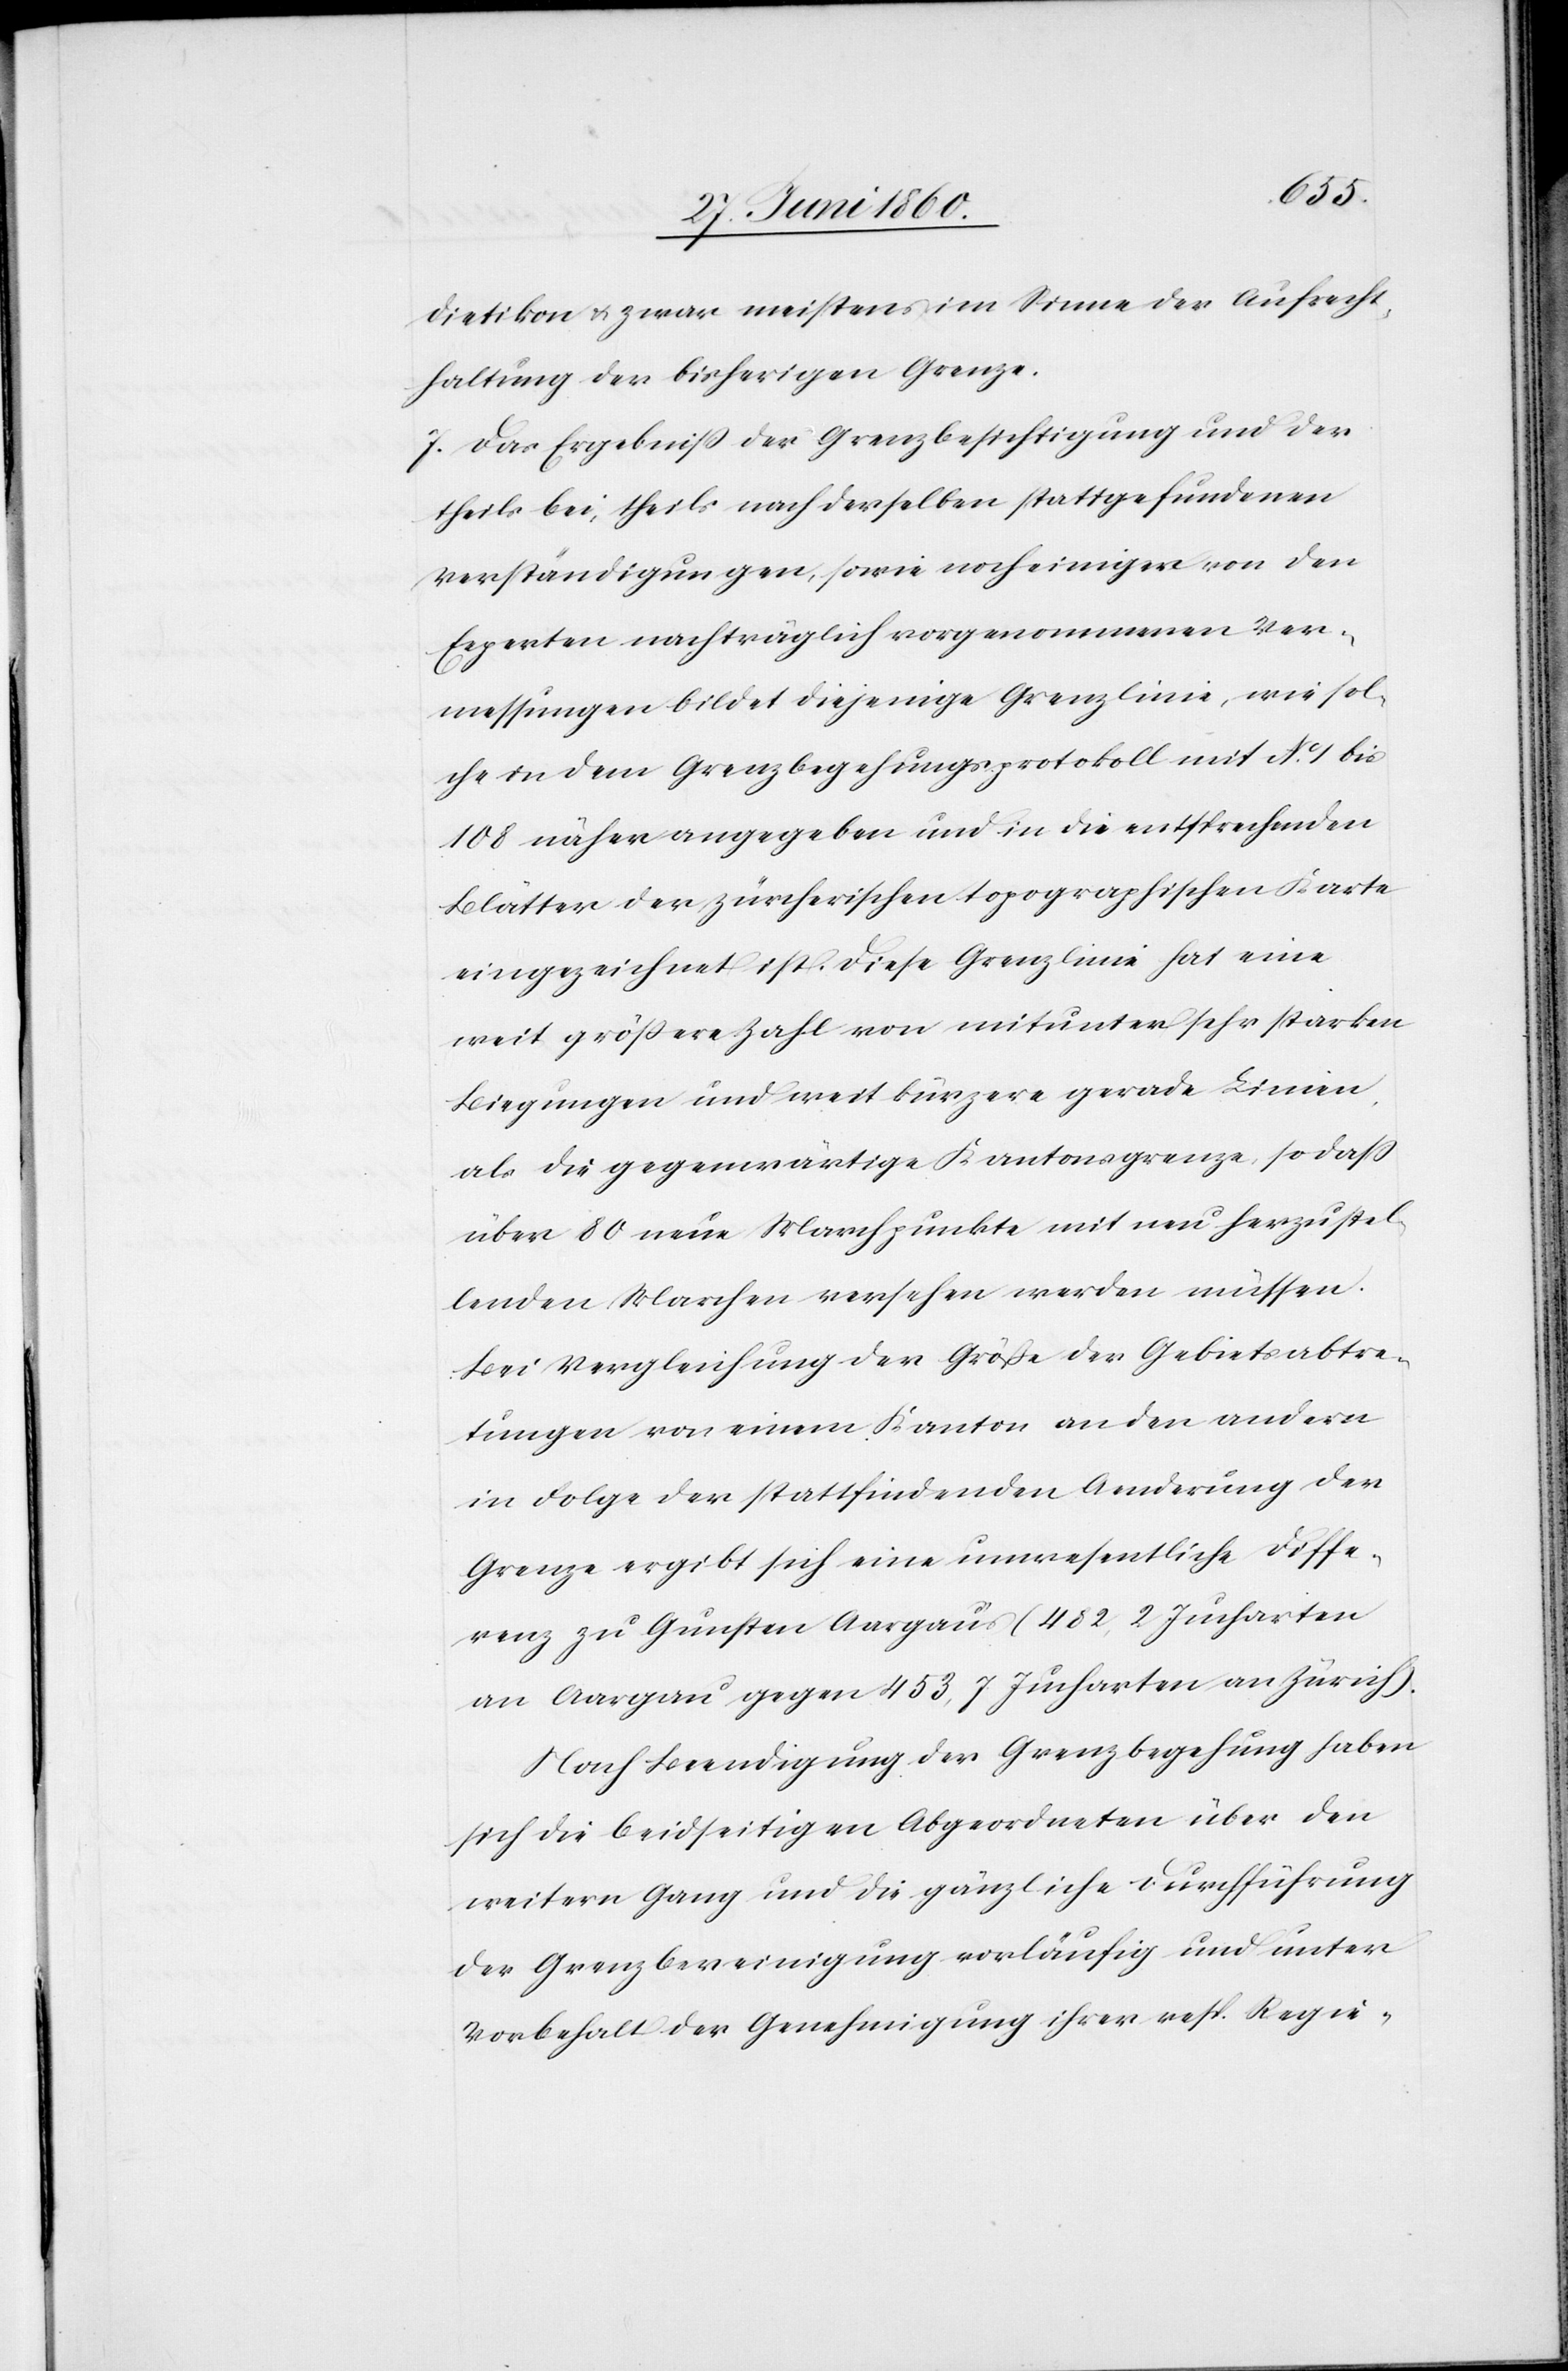
dietikon u. zwar meistens im Sinne der Aufrecht¬
haltung der bisherigen Grenze.
7. Das Ergebniss der Grenzbesichtigung und der
theils bei, theils nach derselben stattgefundenen
Verständigungen, sowie noch einiger von den
Experten nachträglich vorgenommenen Ver¬
messungen bildet diejenige Grenzlinie, wie sol¬
che in dem Grenzbegehungsprotokoll mit No 1 bis
108 näher angegeben und in die entsprechenden
Blätter der zürcherischen topographischen Karte
eingezeichnet ist. Diese Grenzlinie hat eine
weit grössere Zahl von mitunter sehr starken
Biegungen und weit kürzere gerade Linien,
als die gegenwärtige Kantonsgrenze, so dass
über 80 neue Marchpunkte mit neu herzustel¬
lenden Marchen versehen werden müssen.
Bei Vergleichung der Größe der Gebietsabtre¬
tungen von einem Kanton an den andern
in Folge der stattfindenden Aenderung der
Grenze ergibt sich eine unwesentliche Diffe¬
renz zu Gunsten Aargaus (482,2 Jucharten
an Aargau gegen 453,7 Jucharten an Zürich)
Nach Beendigung der Grenzbegehung haben
sich die beidseitigen Abgeordneten über den
weitern Gang und die gänzliche Durchführung
der Grenzbereinigung vorläufig und unter
Vorbehalt der Genehmigung ihrer resp. Regie-